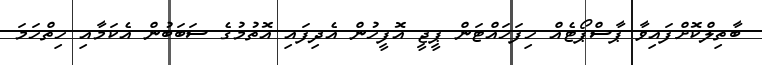
ބާތިލްކޮށްފައިވާ ޕާސްޕޯޓެއް ހިފަހައްޓަން ޕީީޖީ އޮފީހުން އެދިފައި އޮތުމުގެ ސަބަބުން އެކަމާއި ހިތްހަމަ